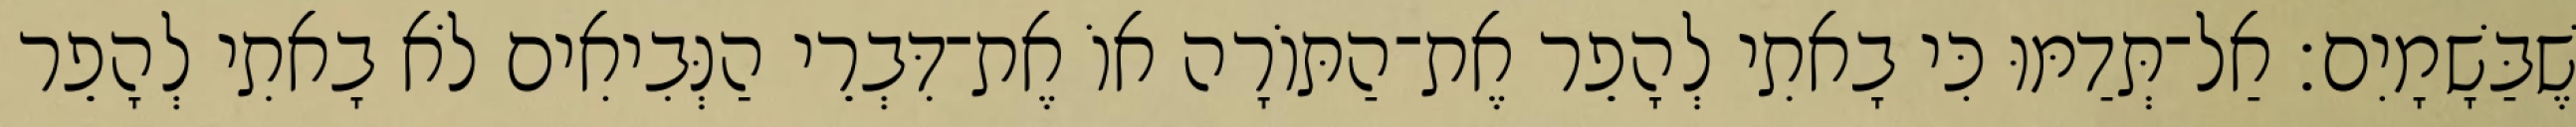
שֶׁבַּשָׁמָיִם׃ אַל־תְּדַמּוּ כִּי בָאתִי לְהָפֵר אֶת־הַתּוֹרָה אוֹ אֶת־דִּבְרֵי הַנְּבִיאִים לֹא בָאתִי לְהָפֵר